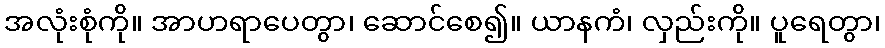
အလုံးစုံကို။ အာဟရာပေတွာ၊ ဆောင်စေ၍။ ယာနကံ၊ လှည်းကို။ ပူရေတွာ၊